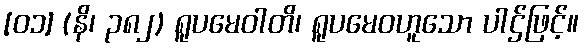
[၀၁] (နိ၊ ၃၈၂) ရူပမေဝါတိ၊ ရူပမေဝဟူသော ပါဌ်ဖြင့်။